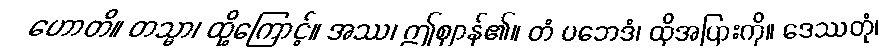
ဟောတိ။ တသ္မာ၊ ထို့ကြောင့်။ အဿ၊ ဤဈာန်၏။ တံ ပဘေဒံ၊ ထိုအပြားကို။ ဒေဿတုံ၊